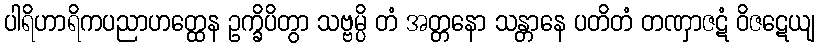
ပါရိဟာရိကပညာဟတ္ထေန ဥက္ခိပိတွာ သဗ္ဗမ္ပိ တံ အတ္တနော သန္တာနေ ပတိတံ တဏှာဇဋံ ဝိဇဋေယျ